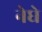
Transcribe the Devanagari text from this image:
नेघे